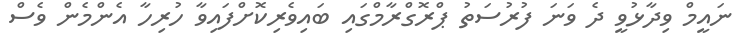
ނައީމް ވިދާޅުވީ ދެ ވަނަ ފުރުސަތު ޕްރޮގްރާމްގައި ބައިވެރިކޮށްފައިވާ ހުރިހާ އެންމެން ވެސް